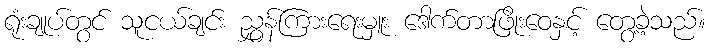
ရုံးချုပ်တွင် သူငယ်ချင်း ညွှန်ကြားရေးမှူး ဒေါက်တာဖြိုးဝေနှင့် တွေ့ခဲ့သည်။